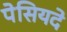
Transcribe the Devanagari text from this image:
पेसियदे